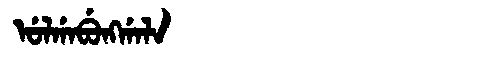
Manchu: ᡠᠯᡤᠠᠪᡠᠩᡤᠠᠯᠠ
Romanization: ULGABUNGGALA